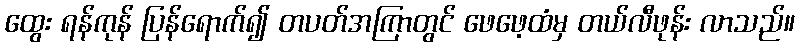
ထွေး ရန်ကုန် ပြန်ရောက်၍ တပတ်အကြာတွင် ဖေဖေ့ထံမှ တယ်လီဖုန်း လာသည်။